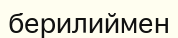
берилиймен